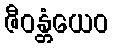
ဇီဝန္တံယေဝ